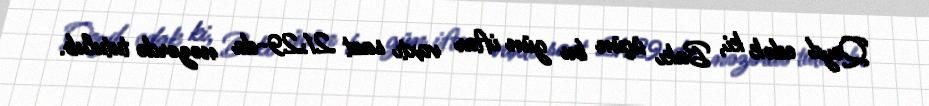
Qeyd edək ki, Bakı üçün bu gün iftar vaxtı saat 21:29-da nəzərdə tutulub.